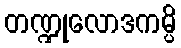
တဏ္ဍုလောဒကမ္ပိ